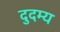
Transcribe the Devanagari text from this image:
दुदम्य